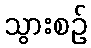
သွားစဉ်